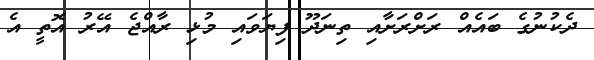
ދެކުނުގެ ބައެއް ރަށްރަށާއި ތިނަދޫ ފިޔަވައި މުޅި ރާއްޖެ އޭރު އޮތީ އެ